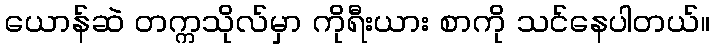
ယောန်ဆဲ တက္ကသိုလ်မှာ ကိုရီးယား စာကို သင်နေပါတယ်။